system: You are a helpful assistant.
user:
Analyze the provided spectrum to determine if it is a **S-type Star**.

- **Key Indicators for S-type Star:**

    - **(Overall Spectrum Shape):** The first and most obvious characteristic is the overall continuum (the "baseline" shape). It is **extremely "red-sloping,"** meaning the flux (light intensity) is very low on the left side (blue, ~4000-4500 Å) and rises steeply and continuously toward the right side (red, ~7000 Å+).

    - **(Primary):** The spectrum is defined by the presence of strong, broad molecular absorption "valleys" (bands) from **Zirconium Oxide (ZrO)**. The identification of these bands is the **primary requirement** for classifying a star as S-type.
        - **(Key Bandheads):** You must find distinct, deep "dips" where the light has been absorbed. The most critical band systems to locate are:
            - **~6474 Å** ($\gamma$-system): This is often the strongest and clearest ZrO feature, found in the red part of the spectrum.
            - **~5718 Å** & **~5551 Å** ($\beta$-system): A pair of prominent absorption features in the yellow-orange part of the spectrum.
            - **~4640 Å** ($\alpha$-system): A key absorption band system in the blue-green region of the spectrum.

    - **(Secondary Confirmation):** The classification is strengthened by finding additional absorption bands from other related heavy element oxides, which are expected to be present alongside ZrO.
        - **(Key Bandheads):**
            - **Yttrium Oxide (YO):** Look for absorption dips near **~4800 Å** and **~6100 Å**.
            - **Lanthanum Oxide (LaO):** Additional absorption features, particularly in the red-orange part of the spectrum, are also characteristic.

    - **(Line Profile):** The combination of the steep red continuum and these numerous, deep molecular bands (ZrO, YO, etc.) gives the entire spectrum a very **"chopped-up"** or **"bumpy"** appearance. Instead of a smooth curve, the spectrum looks as though large, wide chunks of light have been "carved out" of it at the specific wavelengths listed above.

Think first, call **spectral_visualization_tool** if needed to examine features in detail, then provide your final answer. Your response must adhere to the following strict rules:
1.  **Overall Structure:** Your response must follow the format `<think>...</think> <tool_call>...</tool_call> (if a tool is used) <answer>...</answer>`.
2.  **Tool Usage Constraint:** You may only make **one** tool call per turn.
3.  **Final Answer Format:** In the `<answer>` tag, your conclusion must be inside a `\boxed{}` command (e.g., `\boxed{YES}` or `\boxed{NO}`), followed by your justification.

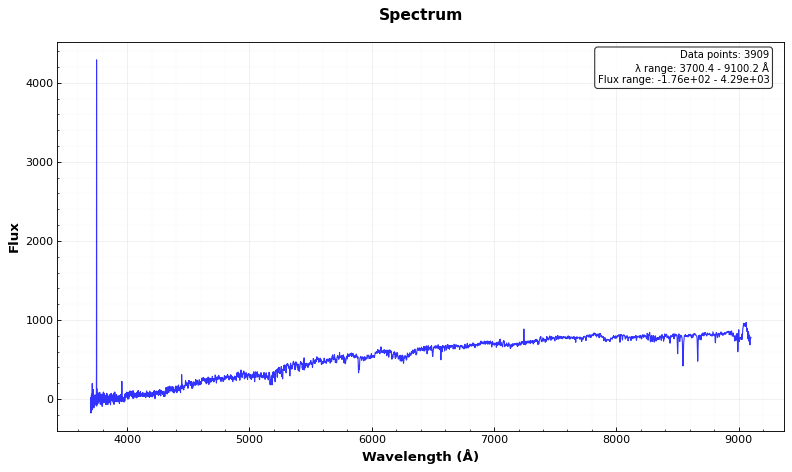
Answer: NO